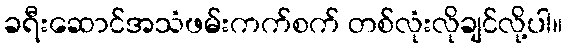
ခရီးဆောင်အသံဖမ်းကက်စက် တစ်လုံးလိုချင်လို့ပါ။